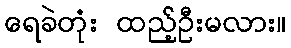
ရေခဲတုံး ထည့်ဦးမလား။